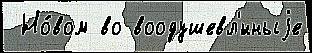
 Но́вом во воодушевл'́нныjе